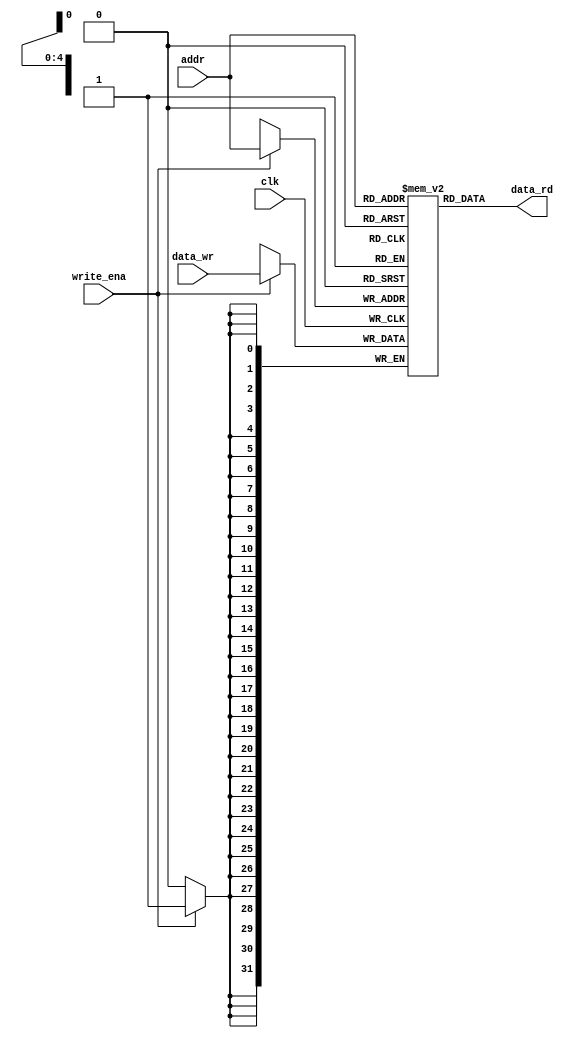
module my_datamemory
#(
	parameter NBITS =  31,   // (32-1) TEM UM RECURSO Q A SUBTRACAO DE UM PARAMETRO POR 1 QUER DIZER Q TODOS OS BITS SAO 1
	parameter ADDRSZ = 4,
	parameter MEMSZ = 31	
)
(
	input write_ena,
	input clk,
	input signed [NBITS:0] data_wr,
	input [ADDRSZ:0] addr,
	output signed [NBITS:0] data_rd
	
);

reg signed [NBITS:0] mem[MEMSZ:0];
assign data_rd = mem[addr];

always @ (posedge clk) begin
	if(write_ena == 1'b1)
		mem[addr] <= data_wr;

end

endmodule